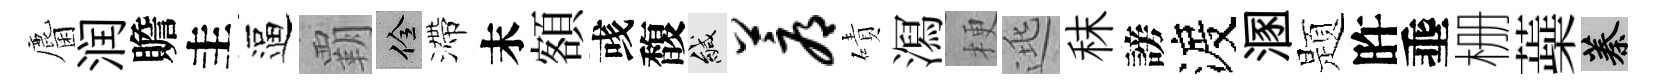
麕润贍圭逼覇佺滯末額彧馥緘蓐磧㵼梗逃秣謗渡溷题旿埀栅蘃蓁